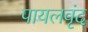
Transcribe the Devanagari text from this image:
पायलवृंद